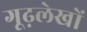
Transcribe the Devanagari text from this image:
गूढ़लेखों